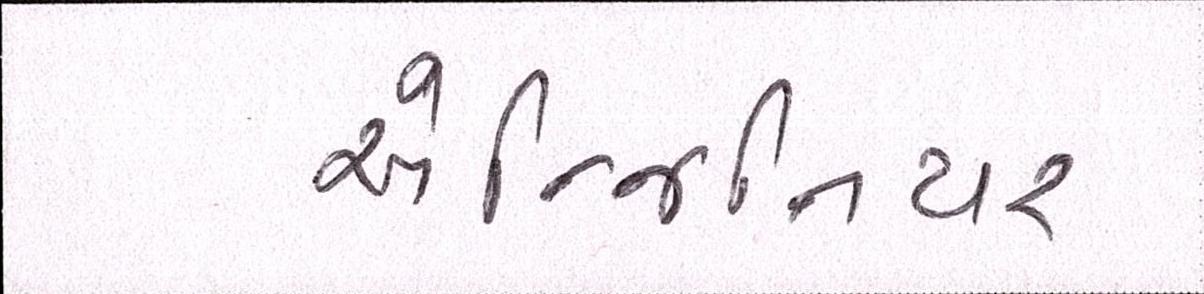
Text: એન્જિનિયર